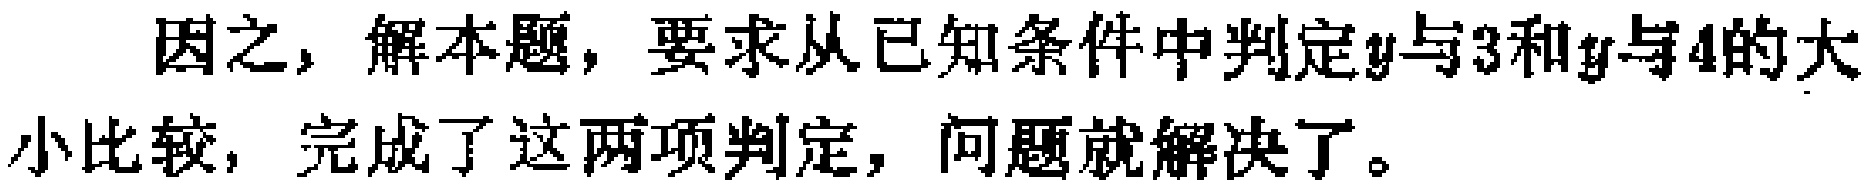
因之, 解本题, 要求从已知条件中判定\(y\)与\(3\)和\(y\)与\(4\)的大小比较, 完成了这两项判定, 问题就解决了。